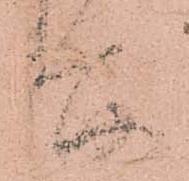
所